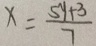
x = \frac { 5 y + 3 } { 7 }